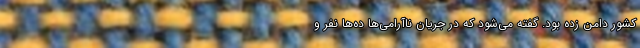
کشور دامن زده بود. گفته می‌شود که در جریان ناآرامی‌ها ده‌ها نفر و